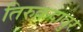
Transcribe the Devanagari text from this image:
तिरुकदावुर